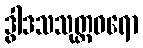
ဒွါဒသသုတ္တဓရော